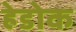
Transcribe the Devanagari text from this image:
हेडोक